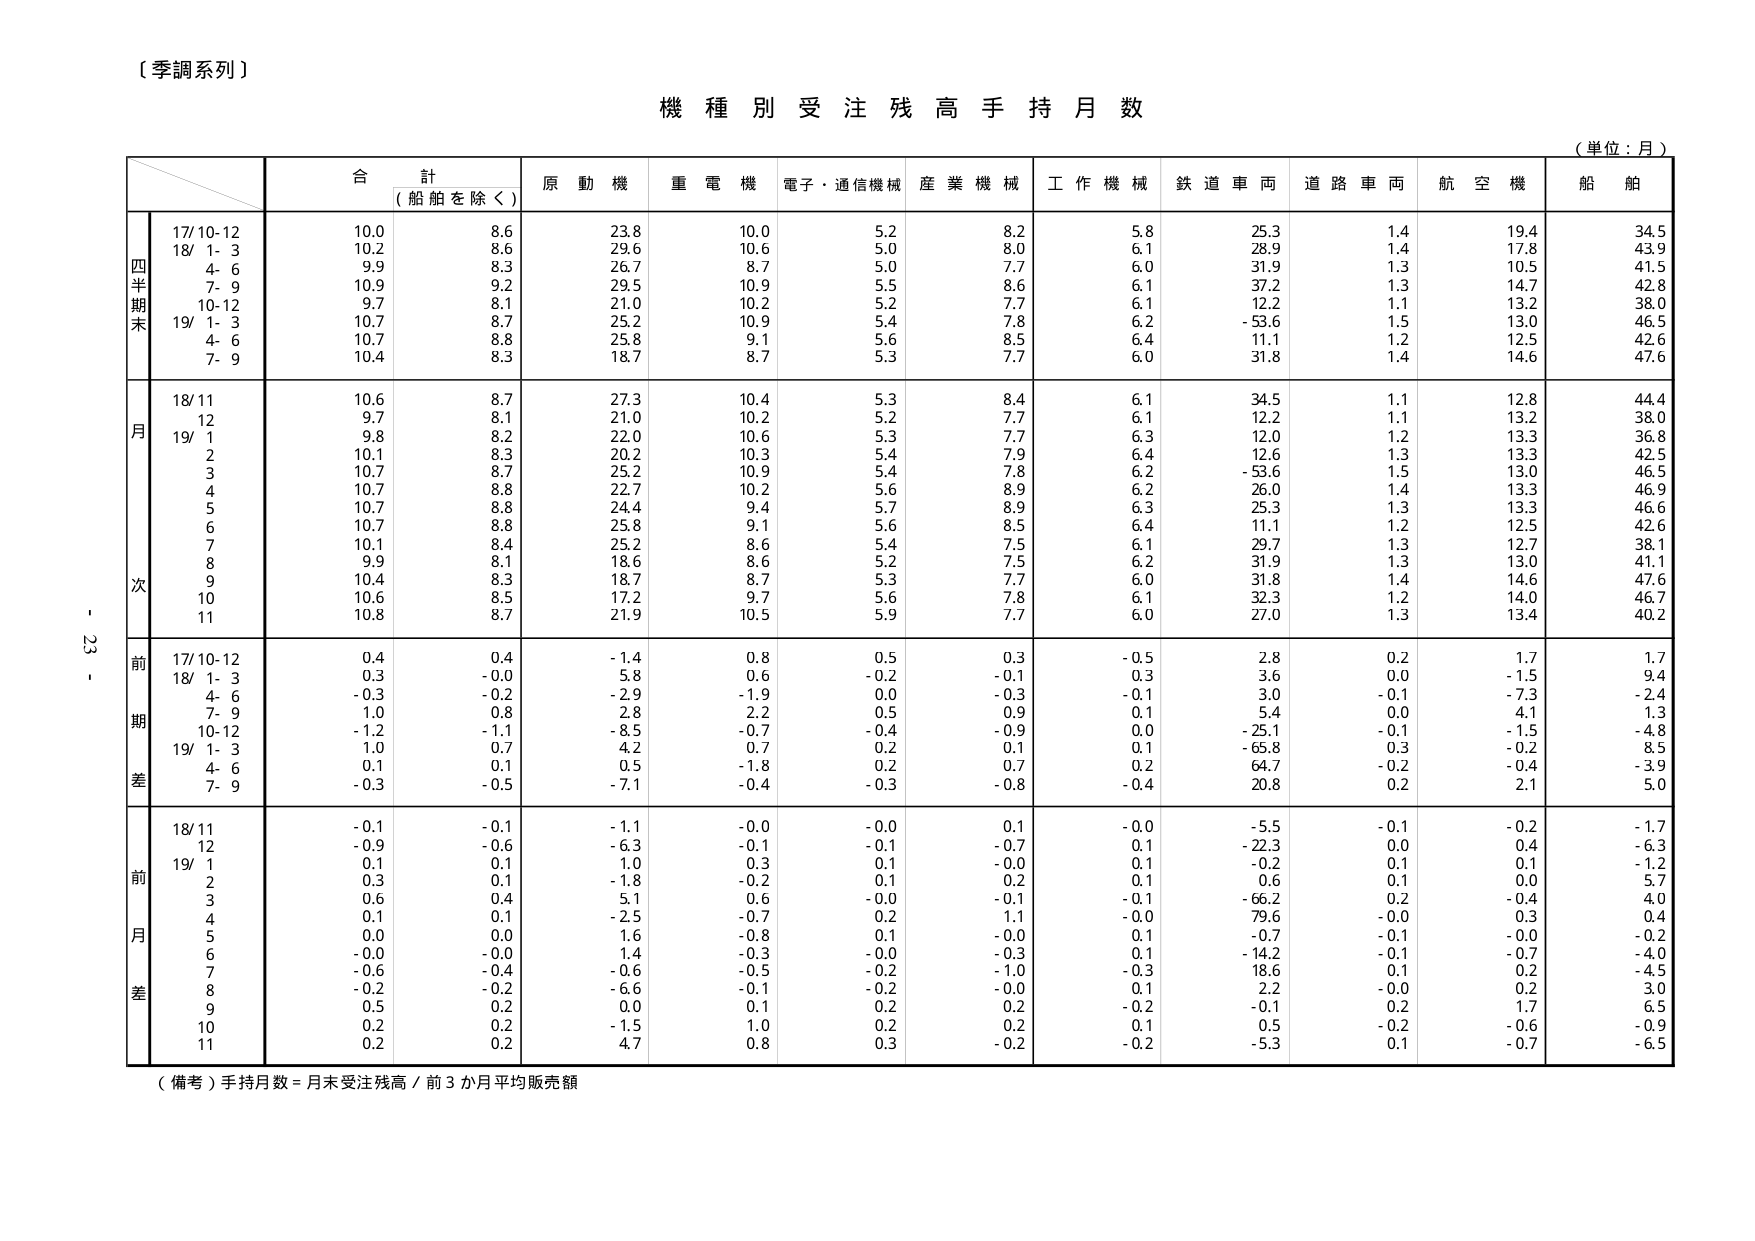
〔季調系列〕

機 種 別 受 注 残 高 手 持 月 数

（単位：月）